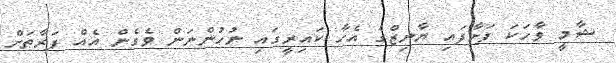
ޝާމީ ވާހަކަ ފަށާފައި ޔާނިޒްގެ އެހާ ކައިރީގައި ނުހުންނަން ވެގެން އެއް ފަރާތަށް